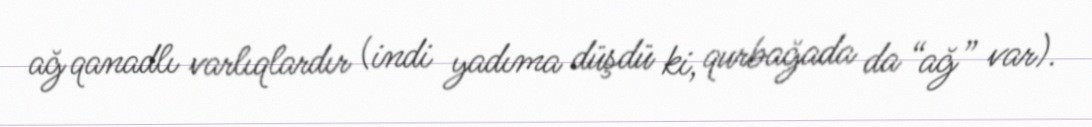
ağ qanadlı varlıqlardır (indi yadıma düşdü ki, qurbağada da “ağ” var).